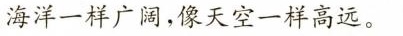
海洋一样广阔，像天空一样高远。